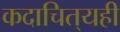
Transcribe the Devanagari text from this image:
कदाचित्‌यही